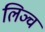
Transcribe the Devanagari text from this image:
लिञ्च